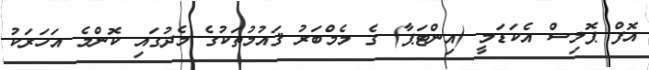
އޮފް ޕޮލިސް އެކަޑަމީ (އިންޓަޕާ) ގެ މެމްބަރު ޤައުމުތަކުގެ މެދުގައި ކޮންމެ އަހަރަކު